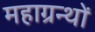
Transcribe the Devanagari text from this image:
महाग्रन्थों